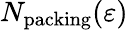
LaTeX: N_{\mathrm{{packing}}}(\varepsilon)